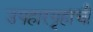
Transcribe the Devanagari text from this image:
उपहारगृहाची